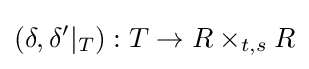
(\delta ,\delta '|_{T}):T\to R\times _{t,s}R